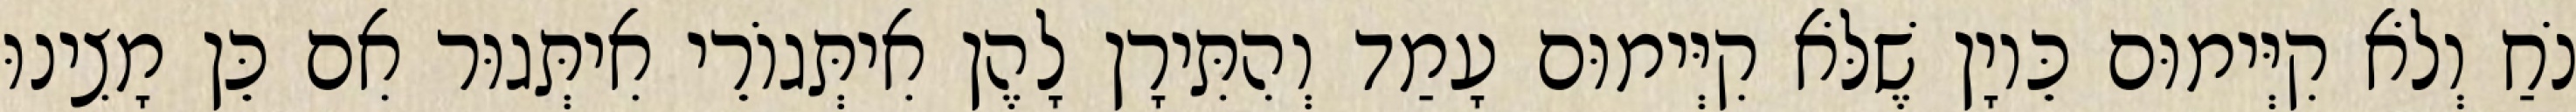
נֹחַ וְלֹא קִיְּימוּם כֵּיוָן שֶׁלֹּא קִיְּימוּם עָמַד וְהִתִּירָן לָהֶן אִיתְּגוֹרֵי אִיתְּגוּר אִם כֵּן מָצִינוּ